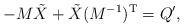
LaTeX: \begin{align*}-M\tilde{X}+\tilde{X}(M^{-1})^{\rm T}=Q',\end{align*}